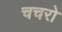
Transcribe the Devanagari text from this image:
चचरो